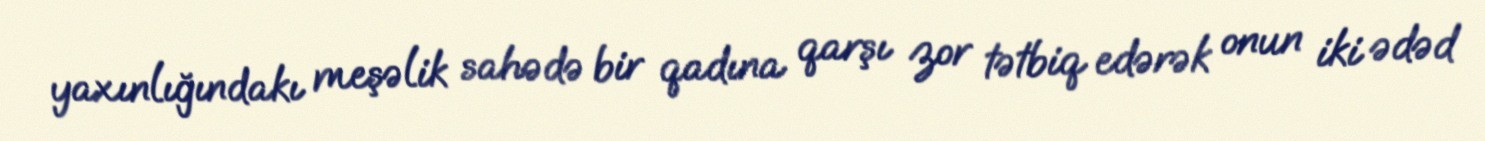
yaxınlığındakı meşəlik sahədə bir qadına qarşı zor tətbiq edərək onun iki ədəd